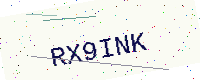
Text: RX9INK